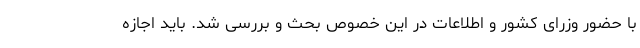
با حضور وزرای کشور و اطلاعات در این خصوص بحث و بررسی شد. باید اجازه